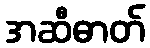
အဆီဓာတ်